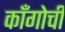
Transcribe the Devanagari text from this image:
काँगोची